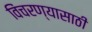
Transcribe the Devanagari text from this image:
विंचरण्यासाठी